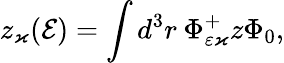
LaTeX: z_{\varkappa}(\mathcal{E})=\int d^{3}r\: \Phi_{\varepsilon\varkappa}^{+}z\Phi_{0},